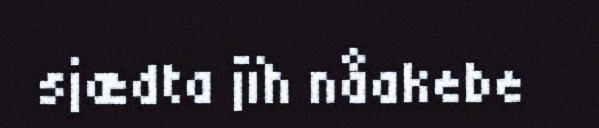
sjædta jïh nåakebe